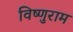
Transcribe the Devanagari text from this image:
विष्णुराम